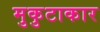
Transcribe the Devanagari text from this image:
मुकुटाकार